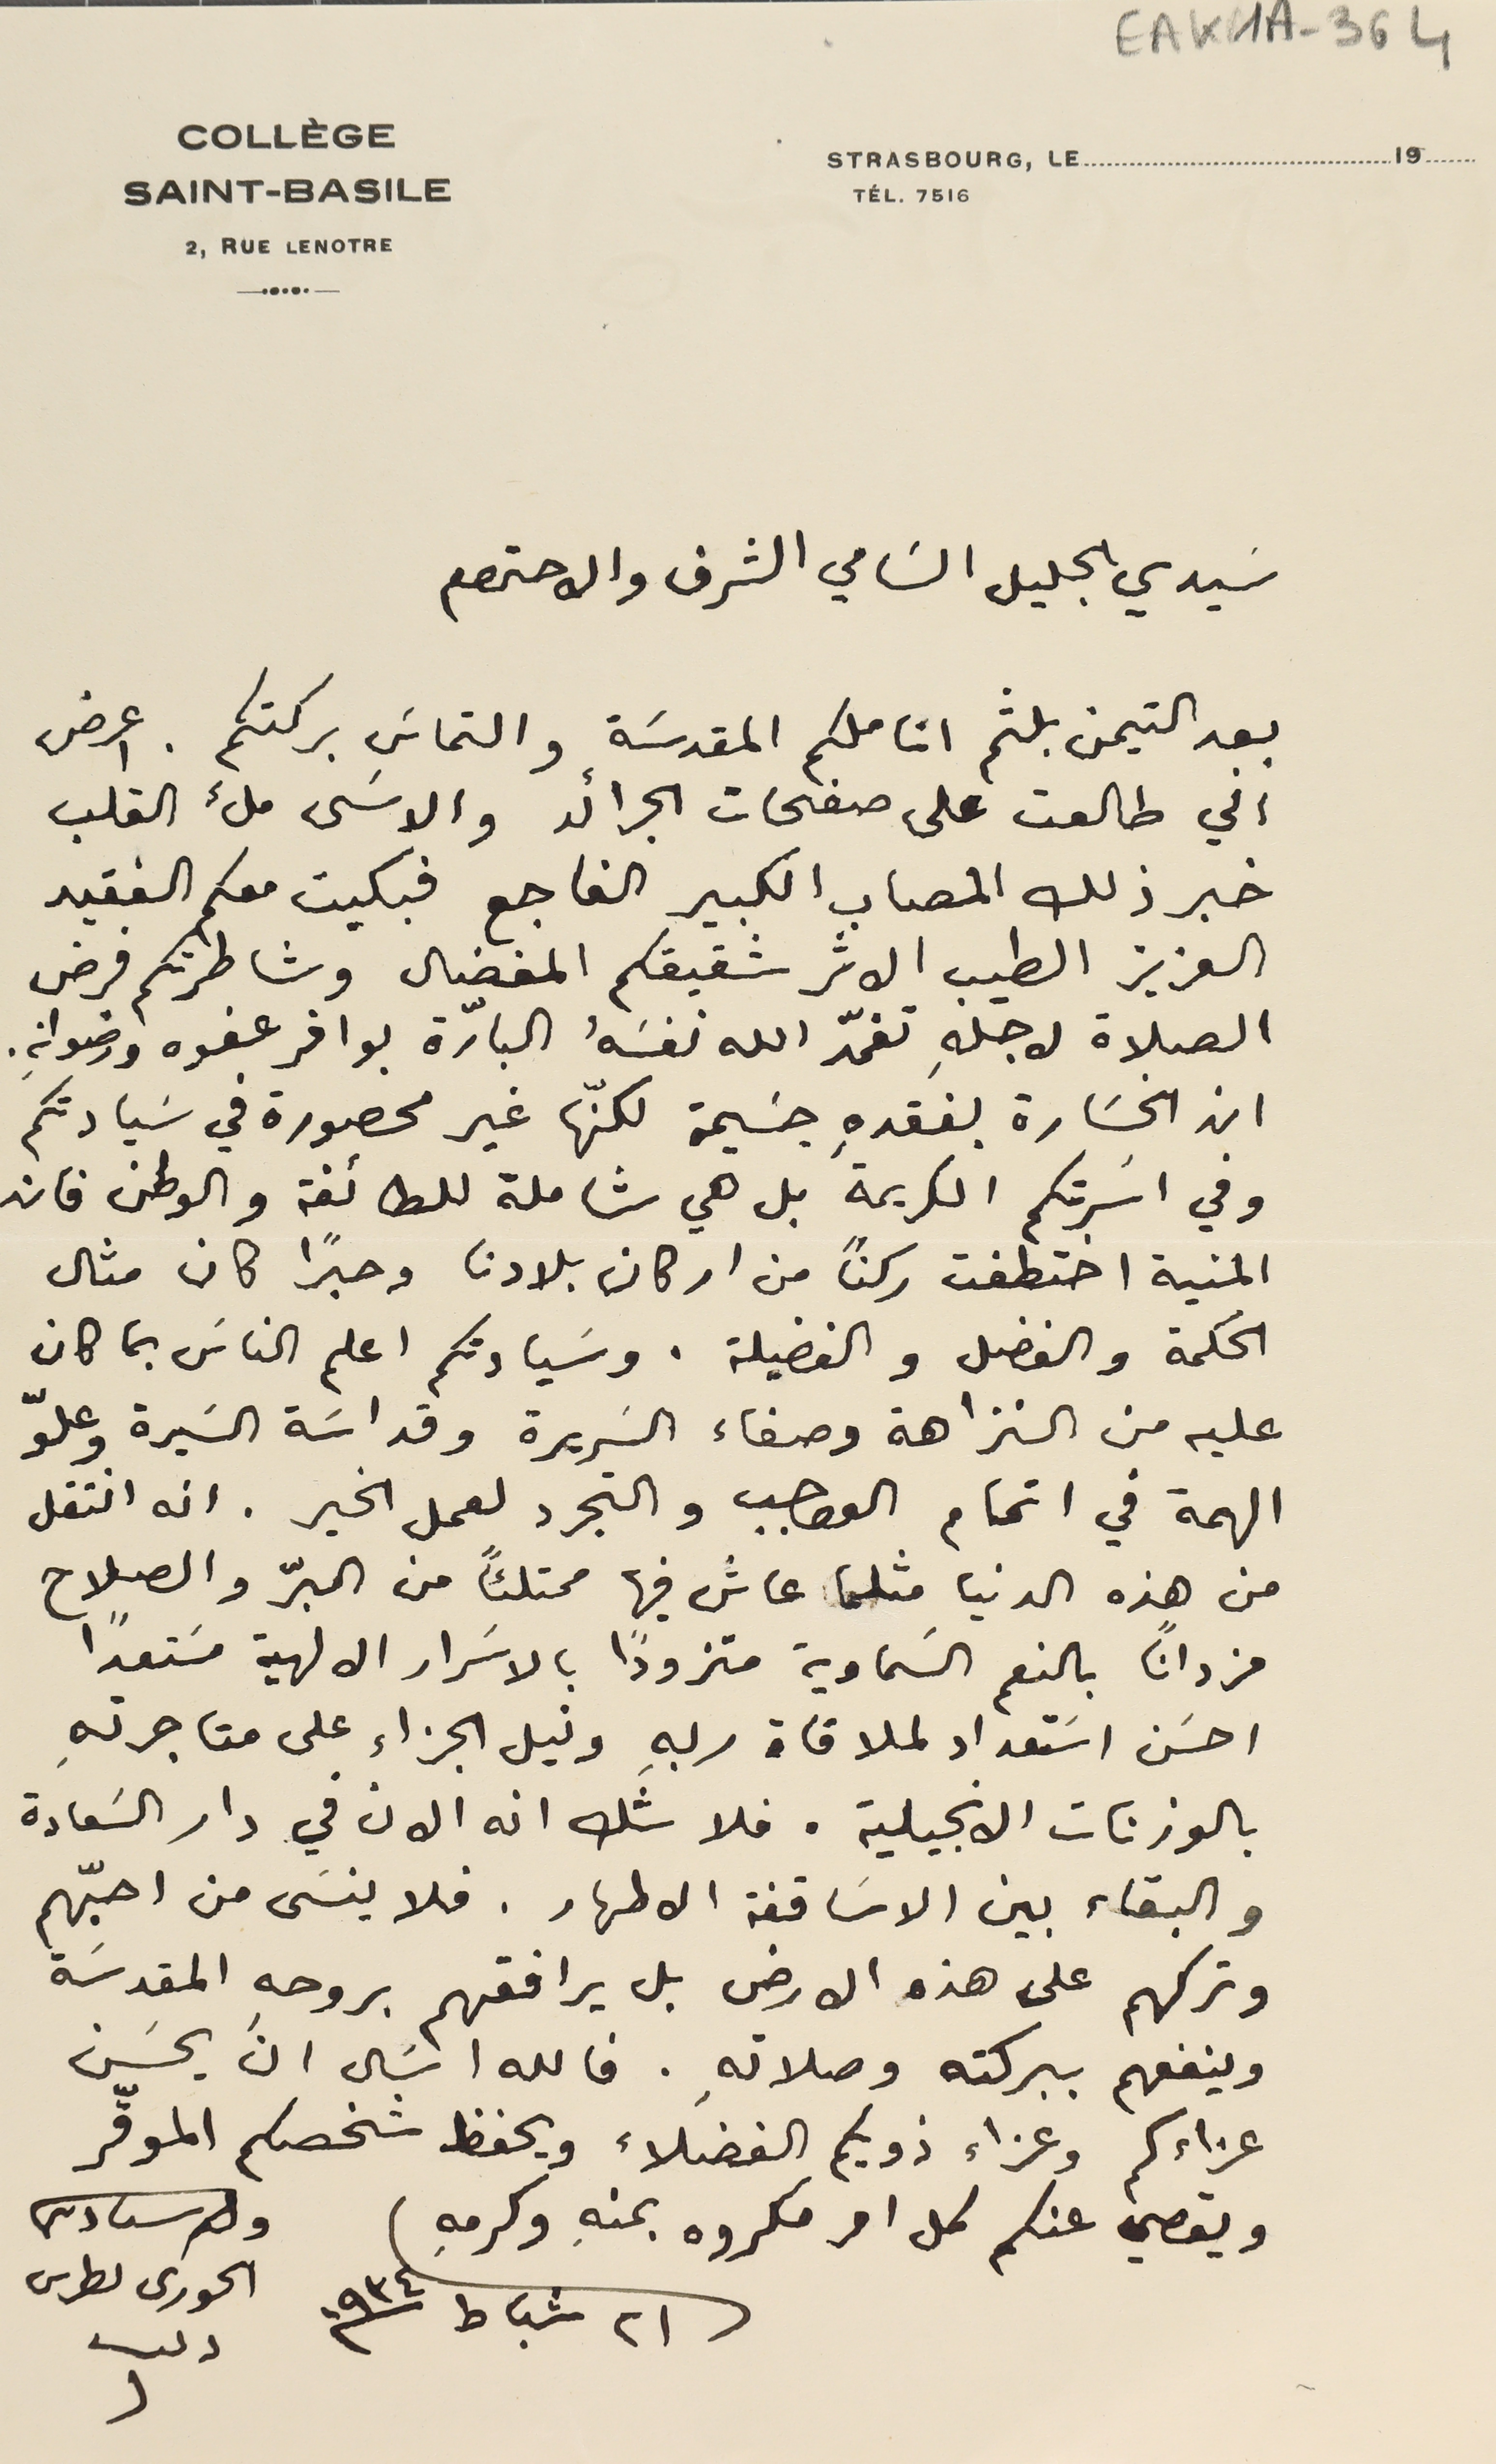
EAK1A-364
 سَيدي الجليل السَامي الشرف والاحترام
بعد التيمن بلثم اناملكم المقدسَة والتماسَ بركتكم. اعرض
اني طالعت على صفحات الجرائد والاسَى ملء القلب
خبر ذلك المصاب الكبير الفاجع فبكيت معكم الفقيد
العزيز الطيب الاثر شقيقكم المفضال وشاطرتكم فرض
الصلاة لاجلهِ تغمّد الله نفسَهُ البارّة بوافر عفوه ورضوانهِ.
ان الخسَارة بفقدهِ جسيمة لكنّها غير محصورة في سَيادتكم
وفي اسَرتكم الكريمة بل هي شاملة للطائفة والوطن فان
المنية اختطفت ركنًا من اركان بلادنا وحبرًا كان مثال
الحكمة والفضل والفضيلة. وسَيادتكم اعلم الناسَ بما كان
عليه من النزاهة وصفاء السريرة وقداسَة السَيرة وعلوّ
الهمة في اتمام الواجب والتجرد لعمل الخير. انه انتقل
من هذه الدنيا مثلما عاش فيها ممتلئاً من البرّ والصلاح
مزداناً بالنعم السَماوية متزودًا بالاسَرار الالهية مسَتعداً
احسَن اسَتعداد لملاقاة ربهِ ونيل الجزاء على متاجرته
بالوزنات الانجيلية. فلا شك انه الان في دار السَعادة
والبقاء بين الاسَاقفة الاطهار. فلا ينسَى من احبّهم
وتركهم على هذه الارض بل يرافقهم بروحهِ المقدسَة
وينفعهم ببركته وصلاتهِ. فالله اسَال انَ يحسَن
عزاءكم وعزاء ذويكم الفضلاء ويحفظ شخصكم الموقّر
ويقصي عنكم كل امر مكروه بمنهِ وكرمهِ
ولد سىادىكم
الحورى ىطرس

٢١ شباط ١٩٣٤
STRASBOURG, LE
TEL. 7516
19
COLLÈGE
SAINT - BASILE
2RUE LENOTRE
دىب